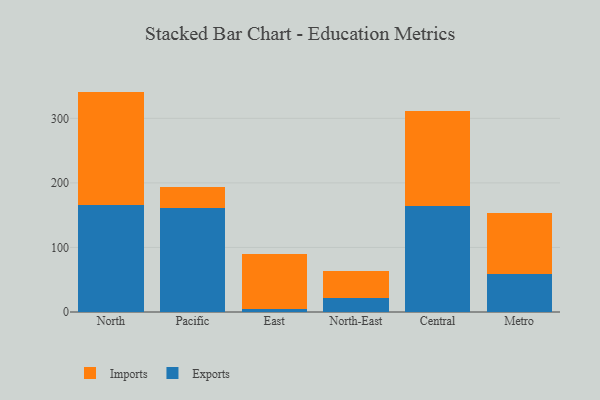
{"axis": {"x": "Region", "y": "Bounce Rate (%)"}, "legend": ["Exports", "Imports"], "data": [{"x": "North", "y": 166.4, "type": "Exports"}, {"x": "North", "y": 175.0, "type": "Imports"}, {"x": "Pacific", "y": 160.5, "type": "Exports"}, {"x": "Pacific", "y": 33.3, "type": "Imports"}, {"x": "East", "y": 5.2, "type": "Exports"}, {"x": "East", "y": 84.9, "type": "Imports"}, {"x": "North-East", "y": 21.5, "type": "Exports"}, {"x": "North-East", "y": 42.1, "type": "Imports"}, {"x": "Central", "y": 164.3, "type": "Exports"}, {"x": "Central", "y": 147.8, "type": "Imports"}, {"x": "Metro", "y": 58.1, "type": "Exports"}, {"x": "Metro", "y": 94.8, "type": "Imports"}]}